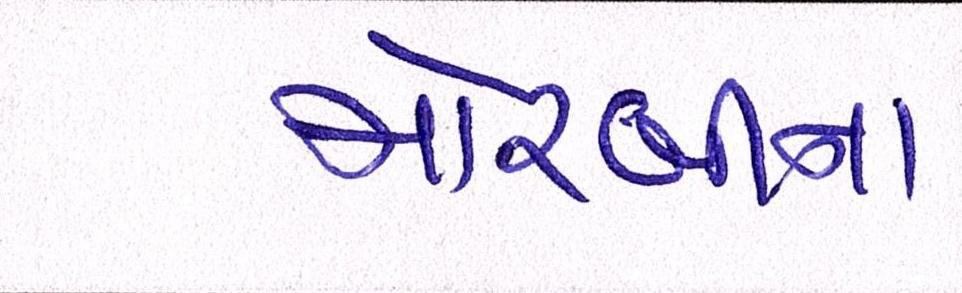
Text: મોરબીના